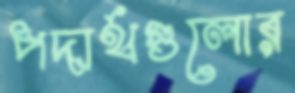
পদার্থগুলোর